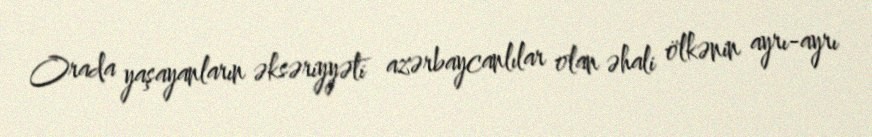
Orada yaşayanların əksəriyyəti azərbaycanlılar olan əhali ölkənin ayrı-ayrı